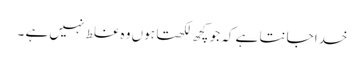
خدا جانتا ہے کہ جو کچھ لکھتا ہوں وہ غلط نہیں ہے ۔